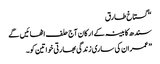
“ گستاخ طارق
سندھ کابینہ کے ارکان آج حلف اٹھائیں گے
”عمران کی ساری زندگی بھارتی خواتین کو۔